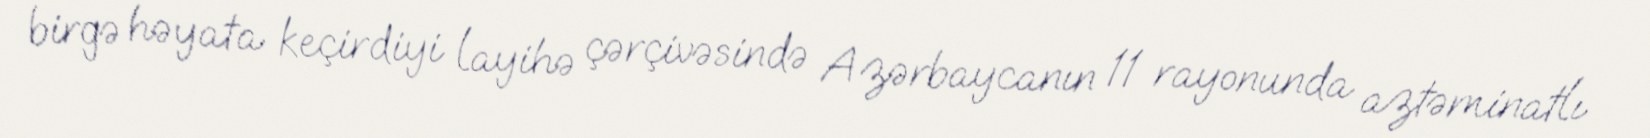
birgə həyata keçirdiyi layihə çərçivəsində Azərbaycanın 11 rayonunda aztəminatlı